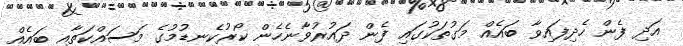
އަދި ފެން ހެދިފައިވާ ބައެއް މަގުތަކުގައި ފެން ދައުރުވާނެހެން ކޯރުކެނޑުމުގެ މަސައްކަތާއި ބައެއް